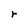
Character: r